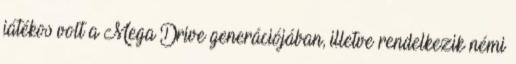
játékos volt a Mega Drive generációjában, illetve rendelkezik némi